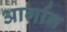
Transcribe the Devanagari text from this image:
आर्गान